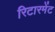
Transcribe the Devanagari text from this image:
रिटारमेंट